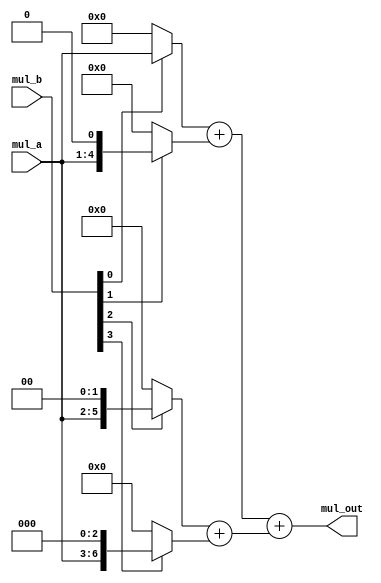
`timescale 1ns / 1ps 
//****************************************VSCODE PLUG-IN**********************************// 
//---------------------------------------------------------------------------------------- 
// IDE :                   VSCODE      
// VSCODE plug-in version: Verilog-Hdl-Format-1.7.20240406
// VSCODE plug-in author : Jiang Percy 
//---------------------------------------------------------------------------------------- 
//****************************************Copyright (c)***********************************// 
// Copyright(C)            COMPANY_NAME
// All rights reserved      
// File name:               
// Last modified Date:     2024/04/07 15:43:45 
// Last Version:           V1.0 
// Descriptions:            
//---------------------------------------------------------------------------------------- 
// Created date:           2024/04/07 15:43:45 
// Version:                V1.0 
// TEXT NAME:              mul_addtree.v 
// PATH:                   D:\Allcodes\v\textbook\mul_addtree\src\mul_addtree.v 
// Descriptions:            
//                          
//---------------------------------------------------------------------------------------- 
//****************************************************************************************// 

module mul_addtree(
    input   [3:0]       mul_a,mul_b,
    output  [7:0]       mul_out                                 
);
    wire [7:0] stored0,stored1,stored2,stored3;
    wire [7:0] add01,add23;

    assign stored0 = mul_b[0]?{4'b0,mul_a}:8'b0;
    assign stored1 = mul_b[1]?{3'b0,mul_a,1'b0}:8'b0;
    assign stored2 = mul_b[2]?{2'b0,mul_a,2'b0}:8'b0;
    assign stored3 = mul_b[3]?{1'b0,mul_a,3'b0}:8'b0;
    assign add01 = stored0 + stored1;
    assign add23 = stored2 + stored3;  
    assign mul_out = add01 + add23;
                                      
                                                                   
endmodule